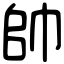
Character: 帥